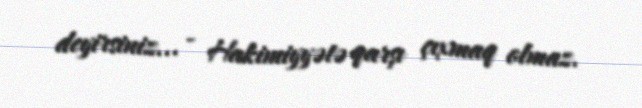
deyirsiniz... - Hakimiyyətə qarşı çıxmaq olmaz.